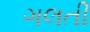
ગલતી